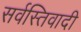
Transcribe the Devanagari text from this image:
सर्वस्तिवादी